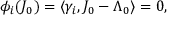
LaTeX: \phi _ { i } ( J _ { 0 } ) = \langle \gamma _ { i } , J _ { 0 } - \Lambda _ { 0 } \rangle = 0 ,